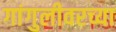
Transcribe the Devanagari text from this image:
गांगुलीवरच्या